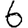
Digit: 6